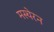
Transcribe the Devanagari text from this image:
मस्चेरन